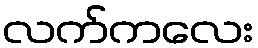
လက်ကလေး